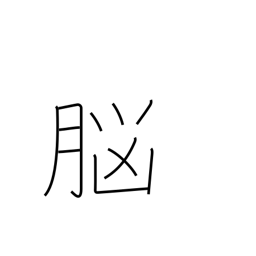
Meaning: brain